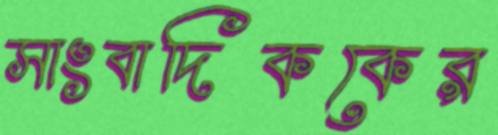
সাংবাদিককের